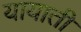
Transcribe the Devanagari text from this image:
यायाती